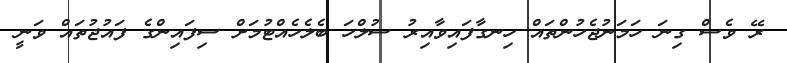
ރޭ ވެސް ގިނަ ހަމަނުޖެހުންތައް ހިނގާފައިވާއިރު ސުލްހަ ބެލެހެއްޓުމަށް ސިފައިންގެ ފައުޖުތައް ވަނީ